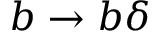
b \to b \delta